Subject: stat
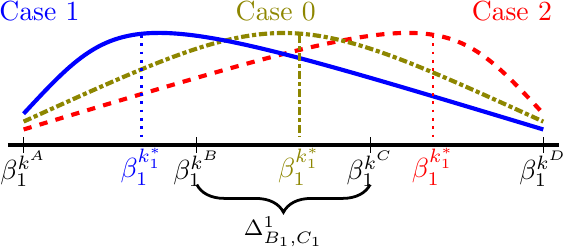
LaTeX code:
    \begin{tikzpicture}[line width=1.5pt]
        \draw (-0.2,0) --++(7,0) ; %time axis
        \foreach \i in{0,2.2,4.4,6.6}{\draw [thin](\i,0.1)--++(0,-0.2);}
        \draw[red,dashed] (0, 0.2) .. controls (5.3,1.8) .. (6.6, 0.4);
        \draw[olive,densely dashdotted] (0, 0.3) .. controls (3.3,1.8) .. (6.6, 0.3);
        \draw[blue] (0, 0.4) .. controls (1.3,1.8) .. (6.6, 0.2);
        \draw[blue, dotted, line width=1] (1.5,1.4)--++(0,-1.3)node[below]{$\beta^{k_1^*}_1$};
        \draw[red, dotted, line width=1] (5.2,1.4)--++(0,-1.3)node[below]{$\beta^{k_1^*}_1$};
        \draw[olive, densely dashdotted, line width=1] (3.5,1.4)--++(0,-1.3)node[below]{$\beta^{k_1^*}_1$};
        \node at (0,-0.3) {{$\beta^{k^A}_1$}};
        \node at (2.2,-0.3) {{$\beta^{k^B}_1$}};
        \draw [decorate,decoration={brace,mirror,amplitude=10pt},yshift=0pt,line width=1pt] (2.2,-0.5) -- (4.4,-0.5) ;
        \node at (3.3,-1.1) {\footnotesize$\Delta^1_{B_1,C_1}$};
        \node at (4.4,-0.3) {{$\beta^{k^C}_1$}};
        \node at (6.6,-0.3) {{$\beta^{k^D}_1$}};
        \node[blue] at (0.2,1.7){Case 1};
        \node[red] at (6.2,1.7){Case 2};
        \node[olive] at (3.2,1.7){Case 0};
    \end{tikzpicture}